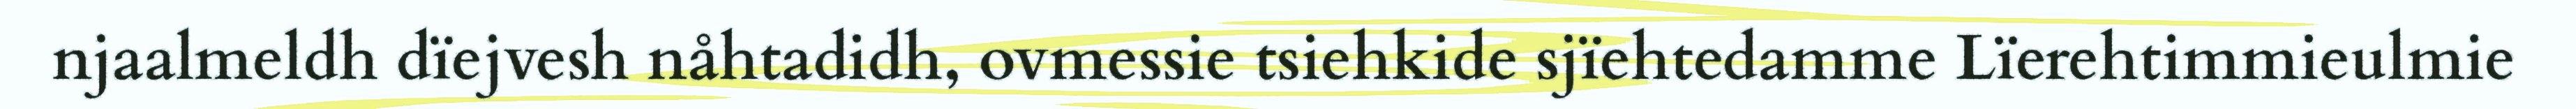
njaalmeldh dïejvesh nåhtadidh, ovmessie tsiehkide sjïehtedamme Lïerehtimmieulmie